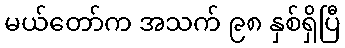
မယ်တော်က အသက် ၉၈ နှစ်ရှိပြီ